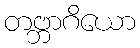
တဗ္ဘာဂိယော